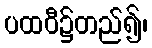
ပထဝီ၌တည်၍၊